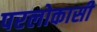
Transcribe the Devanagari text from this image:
परलोकासी